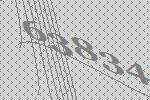
63834